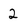
Character: 2